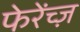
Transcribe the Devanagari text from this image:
फेरेंच्ज़